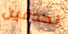
تحدقين